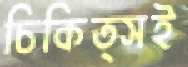
চিকিত্সই